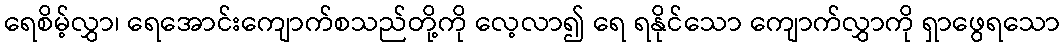
ရေစိမ့်လွှာ၊ ရေအောင်းကျောက်စသည်တို့ကို လေ့လာ၍ ရေ ရနိုင်သော ကျောက်လွှာကို ရှာဖွေရသော